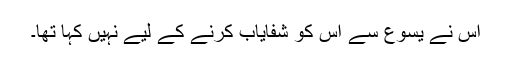
اُس نے یسوع سے اُس کو شفایاب کرنے کے لیے نہیں کہا تھا۔